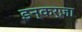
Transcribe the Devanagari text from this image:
इन्कर्ज़ा